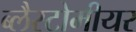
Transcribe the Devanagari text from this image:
ब्लैस्टोमीयर